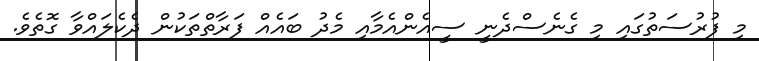
މި ފުރުސަތުގައި މި ގެނެސްދެނީ ސީއެންއެމާއި މެދު ބައެއް ފަރާތްތަކުން ދެކެލައްވާ ގޮތެވެ.